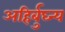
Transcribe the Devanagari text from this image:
अहिर्बुघ्न्य